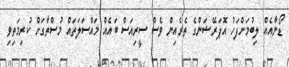
ޑޯނާއެއް ލިބުމަށްފަހު އޮޕަރޭޝަންގެ ތެރެއިން ވެސް ސީރިއަސް ބައެއް މައްސަލަތައް މުސްތާގަށް ކުރިމަތިވި